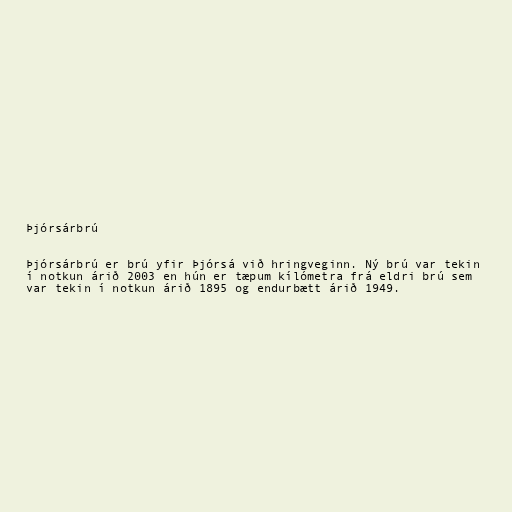
Þjórsárbrú

Þjórsárbrú er brú yfir Þjórsá við hringveginn. Ný brú var tekin
í notkun árið 2003 en hún er tæpum kílómetra frá eldri brú sem
var tekin í notkun árið 1895 og endurbætt árið 1949.